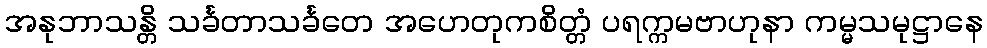
အနုဘာသန္တိ သင်္ခတာသင်္ခတေ အဟေတုကစိတ္တံ ပရက္ကမဗာဟုနာ ကမ္မသမုဋ္ဌာနေ